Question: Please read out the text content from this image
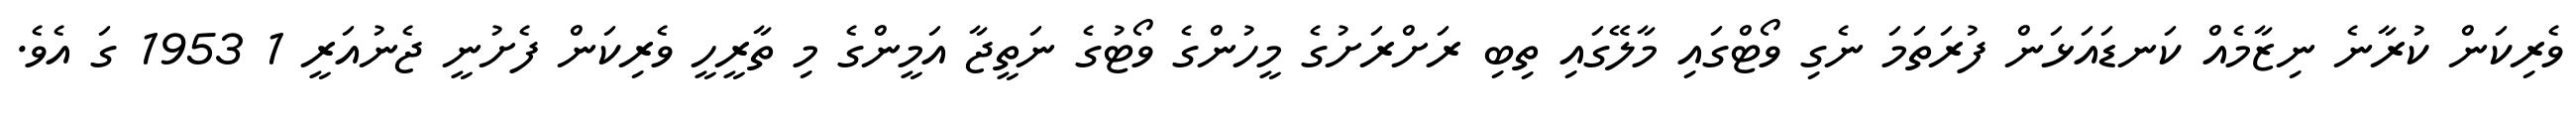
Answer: ވެރިކަން ކުރާނެ ނިޒާމެއް ކަނޑައަޅަން ފުރަތަމަ ނެގި ވޯޓްގައި މާލޭގައި ތިބި ރަށްރަށުގެ މީހުންގެ ވޯޓުގެ ނަތީޖާ އަމީންގެ މި ތާރީހީ ވެރިކަން ފެށުނީ ޖެނުއަރީ 1 1953 ގަ އެވެ.